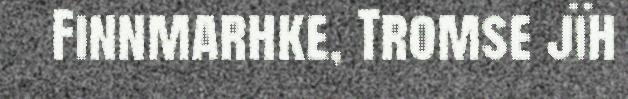
Finnmarhke, Tromse jïh